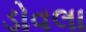
ડોવલા